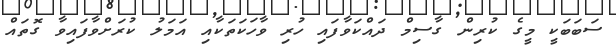
ސަބަބަކީ މީގެ ކުރިން ގާސިމް ދައްކަވާފައި ހުރި ވާހަކަތަކާއި އަމަލު ކުރަށްވާފައިވާ ގޮތައް